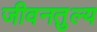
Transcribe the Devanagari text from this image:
जीवनतुल्य